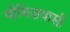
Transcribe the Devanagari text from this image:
थीबिज़वासी